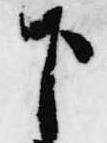
下